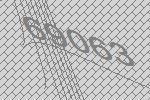
69063